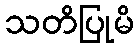
သတိပြုမိ